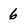
Character: 6